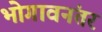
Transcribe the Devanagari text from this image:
भोगावनंतर